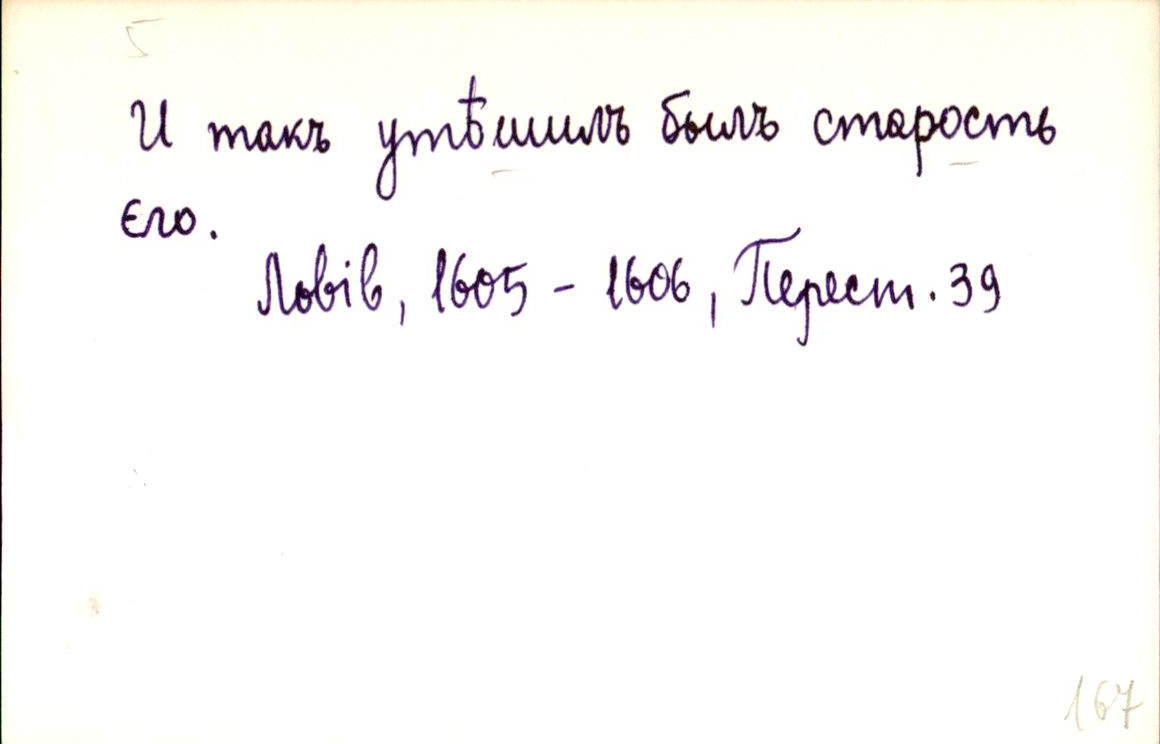
И такъ утѣшилъ былъ старость
єго.
Львів, 1605 - 1606, Перест. 39